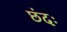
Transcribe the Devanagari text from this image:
छंदः